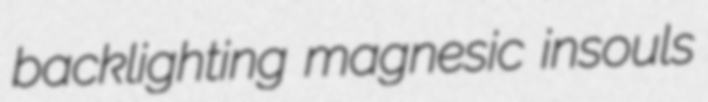
backlighting magnesic insouls